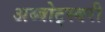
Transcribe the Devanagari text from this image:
अब्बोट्स्बरी